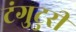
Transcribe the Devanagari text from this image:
टंगुटुरी